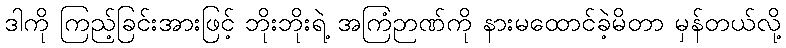
ဒါကို ကြည့်ခြင်းအားဖြင့် ဘိုးဘိုးရဲ့ အကြံဉာဏ်ကို နားမထောင်ခဲ့မိတာ မှန်တယ်လို့